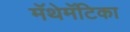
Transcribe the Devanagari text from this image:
मॅथेमॅटिका